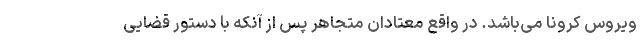
ویروس کرونا می‌باشد. در واقع معتادان متجاهر پس از آنکه با دستور قضایی